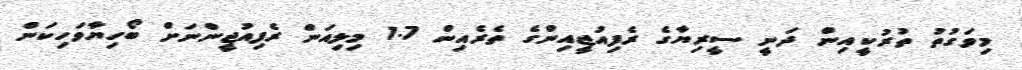
މިވަގުތު ތުރުކީއިން ދަނީ ސީރިޔާގެ ރެފިއުޖީއިންގެ ތެރެއިން 1.7 މިލިއަން ރެފިއުޖީންނަށް ބޯހިޔާވަހިކަން